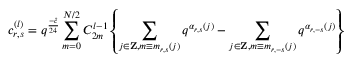
c _ { r , s } ^ { ( l ) } = q ^ { \frac { - \hat { c } } { 2 4 } } \sum _ { m = 0 } ^ { N / 2 } C _ { 2 m } ^ { l - 1 } \left\{ \sum _ { j \in { \bf Z } , m \equiv m _ { r , s } ( j ) } q ^ { \alpha _ { r , s } ( j ) } - \sum _ { j \in { \bf Z } , m \equiv m _ { r , - s } ( j ) } q ^ { \alpha _ { r , - s } ( j ) } \right\}